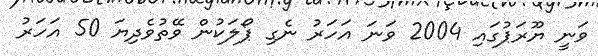
ވަނީ ޔޫރަޕުގައި 2004 ވަނަ އަހަރު ނެގި ޕޯލަކުން ވޭތުވެދިޔަ 50 އަހަރު